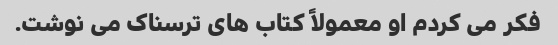
فکر می کردم او معمولاً کتاب های ترسناک می نوشت.